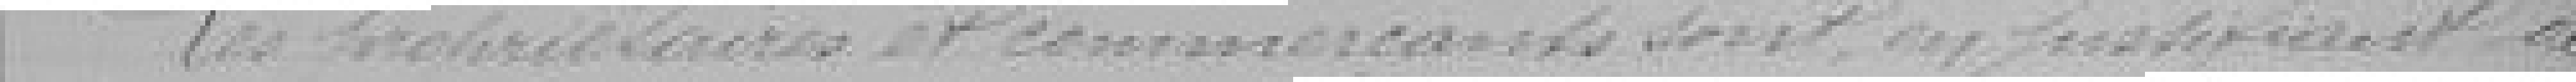
Les propriétaires et commerçants sont en justifiant de